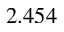
2 . 4 5 4